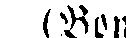
(Bon